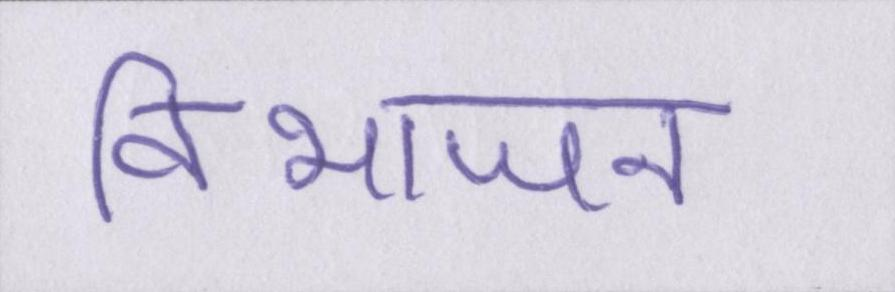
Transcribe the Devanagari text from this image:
विभाजन